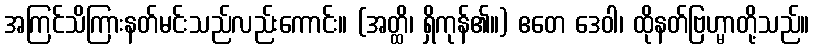
အကြင်သိကြားနတ်မင်းသည်လည်းကောင်း။ (အတ္ထိ၊ ရှိကုန်၏။) ဧတေ ဒေဝါ၊ ထိုနတ်ဗြဟ္မာတို့သည်။